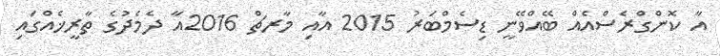
އާ ކޮންގްރެސްއެއް ބޭއްވޭނީ ޑިސެމްބަރު 2015 އާއި މާރޗް 2016އާ ދެމެދުގެ ތާރީޚެއްގައި